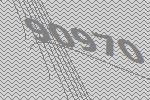
90970